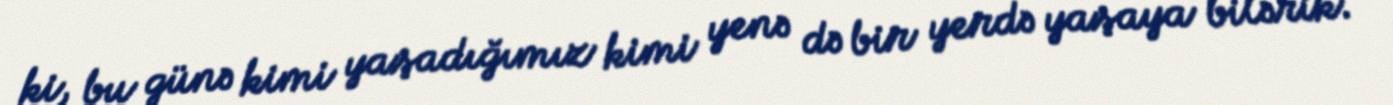
ki, bu günə kimi yaşadığımız kimi yenə də bir yerdə yaşaya bilərik.